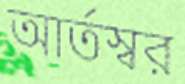
আর্তস্বর